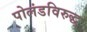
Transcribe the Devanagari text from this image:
पोलंडविरुद्ध